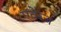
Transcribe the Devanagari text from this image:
एवेरेज